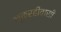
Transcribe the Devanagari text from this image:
मुळरहीवासी